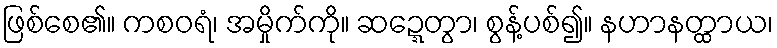
ဖြစ်စေ၏။ ကစဝရံ၊ အမှိုက်ကို။ ဆဍ္ဍေတွာ၊ စွန့်ပစ်၍။ နဟာနတ္ထာယ၊